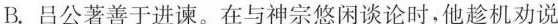
B.吕公著善于进谏。在与神宗悠闲谈论时，他趁机劝说